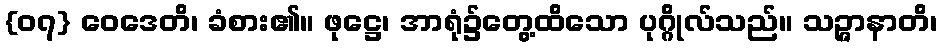
{၀၇} ဝေဒေတိ၊ ခံစား၏။ ဖုဋ္ဌေ၊ အာရုံ၌တွေ့ထိသော ပုဂ္ဂိုလ်သည်။ သဉ္ဇာနာတိ၊